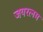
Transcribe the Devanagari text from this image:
जयरत्नम